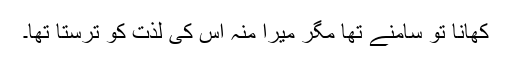
کھانا تو سامنے تھا مگر میرا منہ اس کی لذت کو ترستا تھا۔